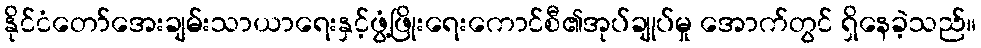
နိုင်ငံတော်အေးချမ်းသာယာရေးနှင့်ဖွံ့ဖြိုးရေးကောင်စီ၏အုပ်ချုပ်မှု အောက်တွင် ရှိနေခဲ့သည်။